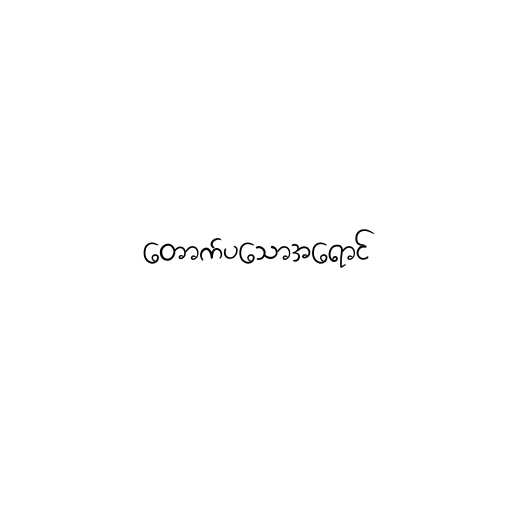
တောက်ပသောအရောင်